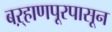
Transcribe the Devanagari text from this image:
बऱ्हाणपूरपासून